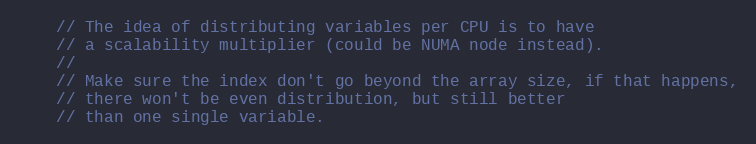
Language: C
    // The idea of distributing variables per CPU is to have
    // a scalability multiplier (could be NUMA node instead).
    //
    // Make sure the index don't go beyond the array size, if that happens,
    // there won't be even distribution, but still better
    // than one single variable.